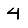
Digit: 4